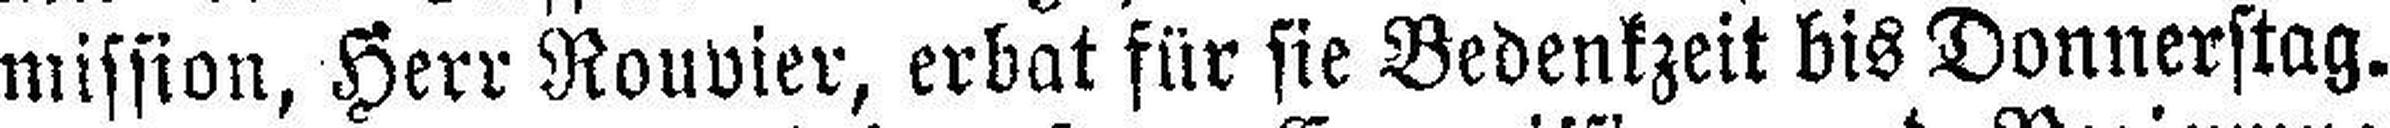
mission, Herr Rouvier, erbat für sie Bedenkzeit bis Donnerstag.